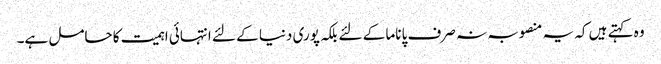
وہ کہتے ہیں کہ یہ منصوبہ نہ صرف پاناما کے لئے بلکہ پوری دنیا کے لئے انتہائی اہمیت کا حامل ہے۔